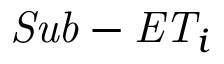
\mathit { S u b - E T } _ { i }